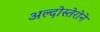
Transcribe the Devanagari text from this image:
अल्दोस्तेरोने